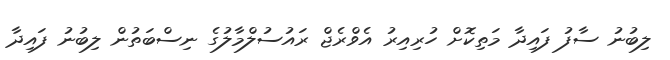
ލިބުނު ސާފު ފައިދާ މަތިކޮށް ހުރިއިރު އެވްރެޖް ރައުސުލްމާލުގެ ނިސްބަތުން ލިބުނު ފައިދާ